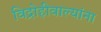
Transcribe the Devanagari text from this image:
विद्रोहीवाल्यांना